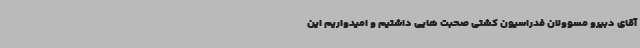
آقای دبیرو مسوولان فدراسیون کشتی صحبت هایی داشتیم و امیدواریم این